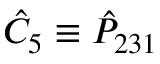
\hat { C } _ { 5 } \equiv \hat { P } _ { 2 3 1 }